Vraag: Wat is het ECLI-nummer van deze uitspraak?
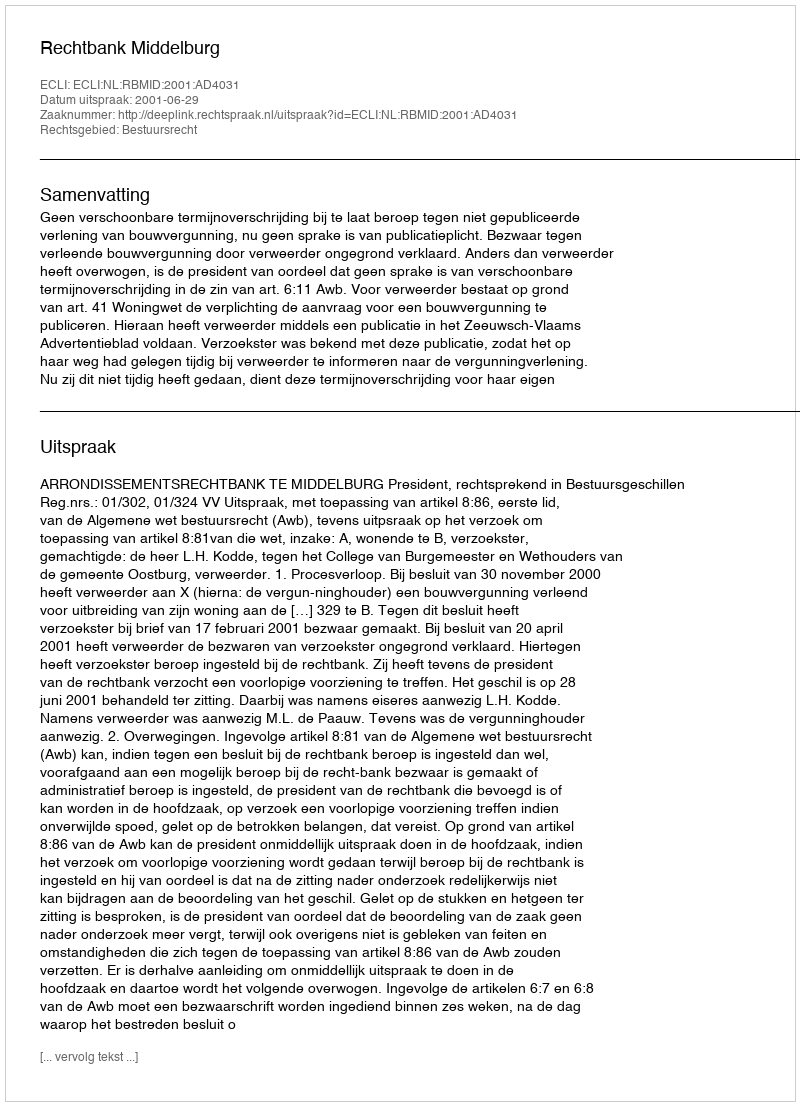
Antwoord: ECLI:NL:RBMID:2001:AD4031